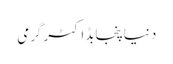
دنیاپنجابڈاکٹرگرمی